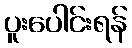
ပူးပေါင်းရန်